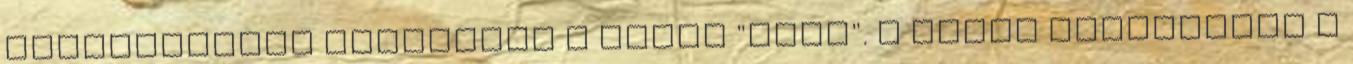
külterületén található a híres "ring". A pálya elsősorban a